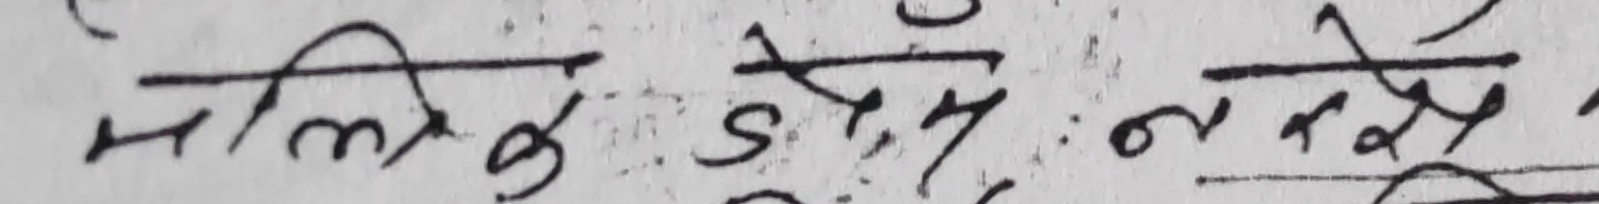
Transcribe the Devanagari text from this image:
मालिक डोलेर नरेश